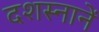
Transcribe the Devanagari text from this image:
दशस्नानें